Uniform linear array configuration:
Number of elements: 48
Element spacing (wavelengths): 0.75
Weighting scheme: exponential
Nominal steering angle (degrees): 45
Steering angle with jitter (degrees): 44.359
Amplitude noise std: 0.05
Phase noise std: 0.05

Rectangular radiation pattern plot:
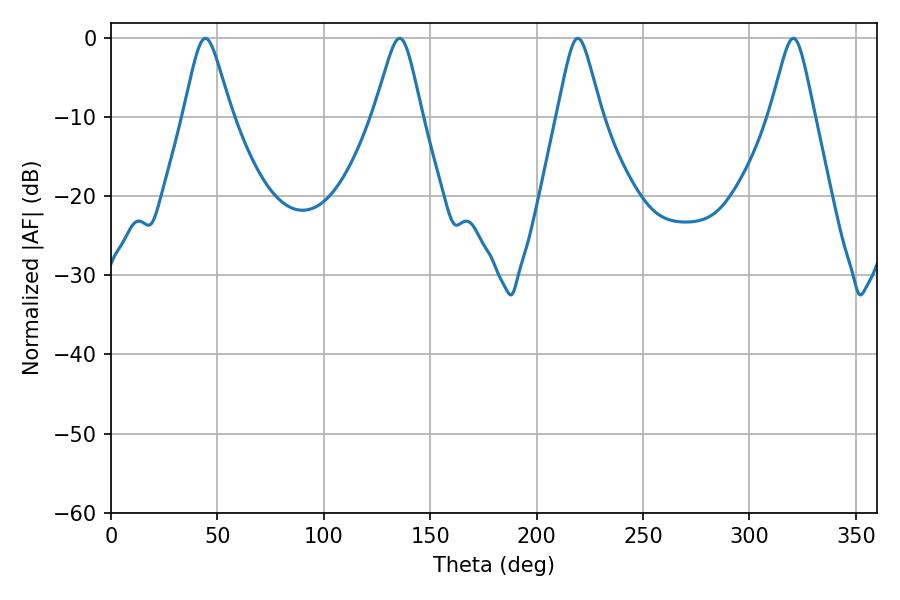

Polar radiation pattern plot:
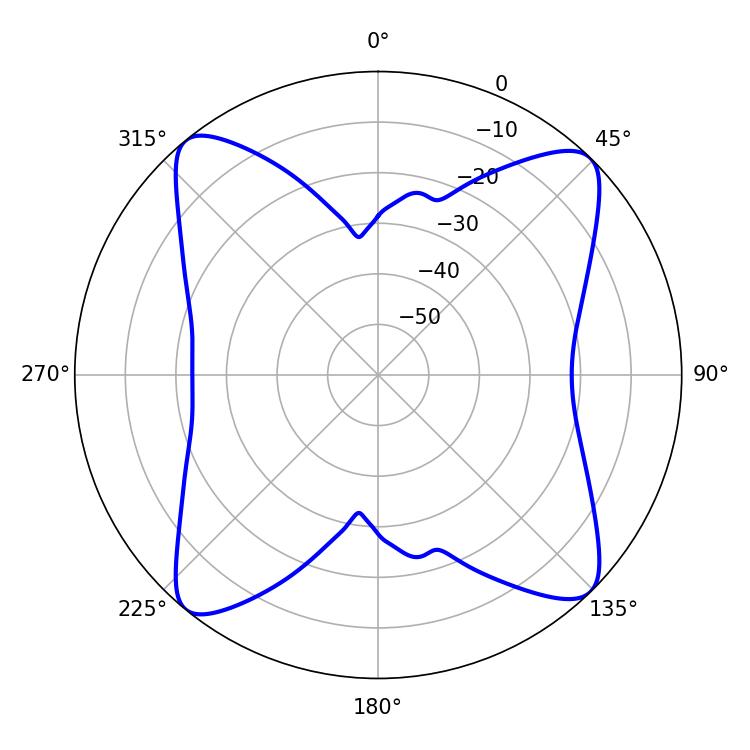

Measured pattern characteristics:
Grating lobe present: TRUE
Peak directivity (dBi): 15.7
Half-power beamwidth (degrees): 9.9
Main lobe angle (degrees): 219.42